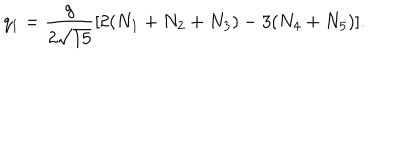
q _ { 1 } = { \frac { g } { 2 \sqrt { 1 5 } } } [ 2 ( N _ { 1 } + N _ { 2 } + N _ { 3 } ) - 3 ( N _ { 4 } + N _ { 5 } ) ] .